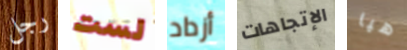
رجل لست أزداد الإتجاهات هيا